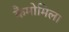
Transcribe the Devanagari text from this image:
कैमोमिला